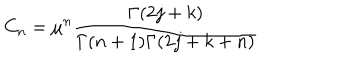
C _ { n } = \mu ^ { n } \frac { \Gamma ( 2 j + k ) } { \Gamma ( n + 1 ) \Gamma ( 2 j + k + n ) }